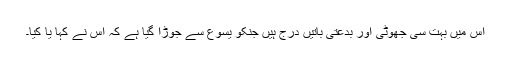
اِس میں بہت سی جھوٹی اور بدعتی باتیں درج ہیں جنکو یسوع سے جوڑا گیا ہے کہ اُس نے کہا یا کِیا۔